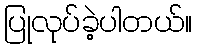
ပြုလုပ်ခဲ့ပါတယ်။